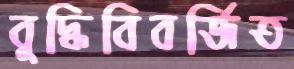
বুদ্ধিবিবর্জিত